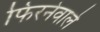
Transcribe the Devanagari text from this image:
फिरनेवाले